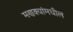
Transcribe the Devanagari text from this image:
मणक्‍यांमधील